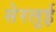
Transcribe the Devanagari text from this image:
सेरलुई